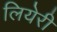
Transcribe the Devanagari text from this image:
लियेरी